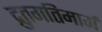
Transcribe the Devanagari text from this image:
द्रुतगतिमार्ग